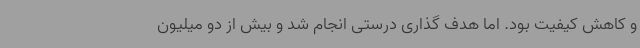
و کاهش کیفیت بود. اما هدف گذاری درستی انجام شد و بیش از دو میلیون